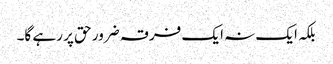
بلکہ ایک نہ ایک فرقہ ضرور حق پر رہے گا۔